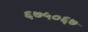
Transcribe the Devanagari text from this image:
६७५०६७